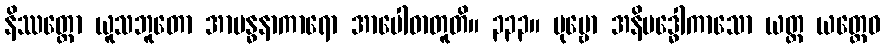
နိဿတ္တော ယူသဘူတော အာဗန္ဓနာကာရော အာပေါဓာတူတိ။ ၃၃၃။ ပုဗ္ဗော အနိဗဒ္ဓေါကာသော ယတ္ထ ယတ္ထေဝ